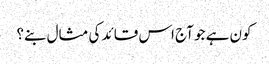
کون ہے جو آج اس قائد کی مثال بنے؟